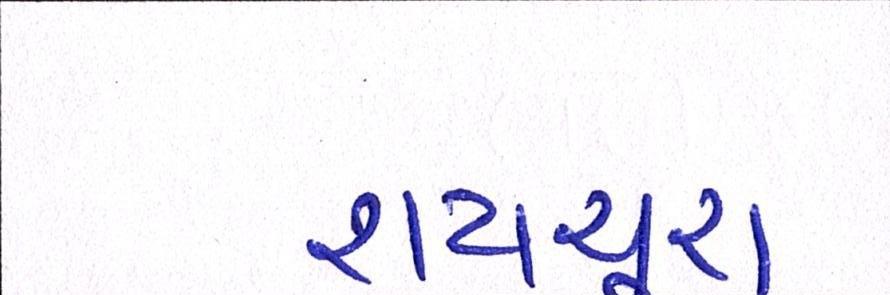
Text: રાયચુરા